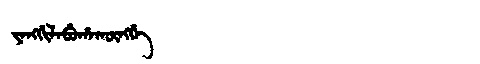
Manchu: ᠶᠠᠩᡤᡳᠯᠠᠪᡠᡥᠠᡴᡡᠩᡤᡝ
Romanization: YANGGILABUHAKŪNGGE